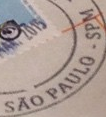
SAO PAULO SPM